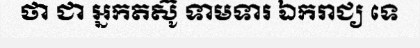
ថា ជា អ្នកតស៊ូ ទាមទារ ឯករាជ្យ ទេ